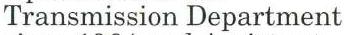
Transmission Department